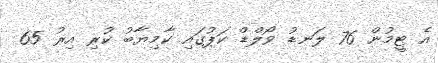
އެ ޓީމުން 76 ލަނޑު ވޯލްޑް ކަޕުގައި ކާމިޔާބު ކުރި އިރު 65